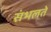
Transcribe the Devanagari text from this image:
संभलते